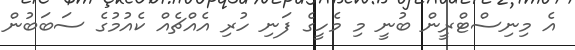
އެ މިނިސްޓްރީން ބުނީ މި މެހީގެ ފަނި ހުރި އެއްޗެއް ކެއުމުގެ ސަބަބުން